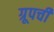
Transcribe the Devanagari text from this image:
ग्रूपची